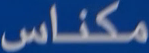
مكناس